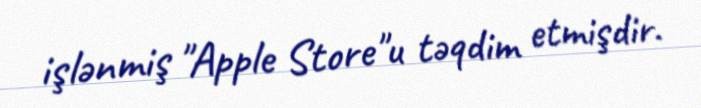
işlənmiş "Apple Store"u təqdim etmişdir.